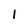
Character: 1